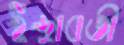
ইন্দ্রাবতী